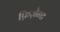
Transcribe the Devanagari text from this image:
फ़िज़ेन्ट